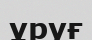
ұруғ